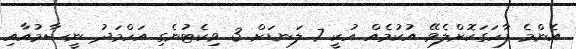
އެންމެ ފާހަގަކޮށްލެވޭ އުކުމެއް އުކީ 7 ލަނޑަށް 3 ވިކެޓުނެގި އަހްމަދު ނީސާމުއާއި